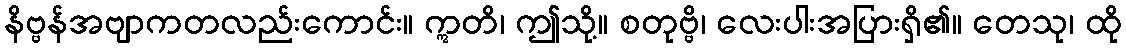
နိဗ္ဗန်အဗျာကတလည်းကောင်း။ ဣတိ၊ ဤသို့။ စတုဗ္ဗိ၊ လေးပါးအပြားရှိ၏။ တေသု၊ ထို